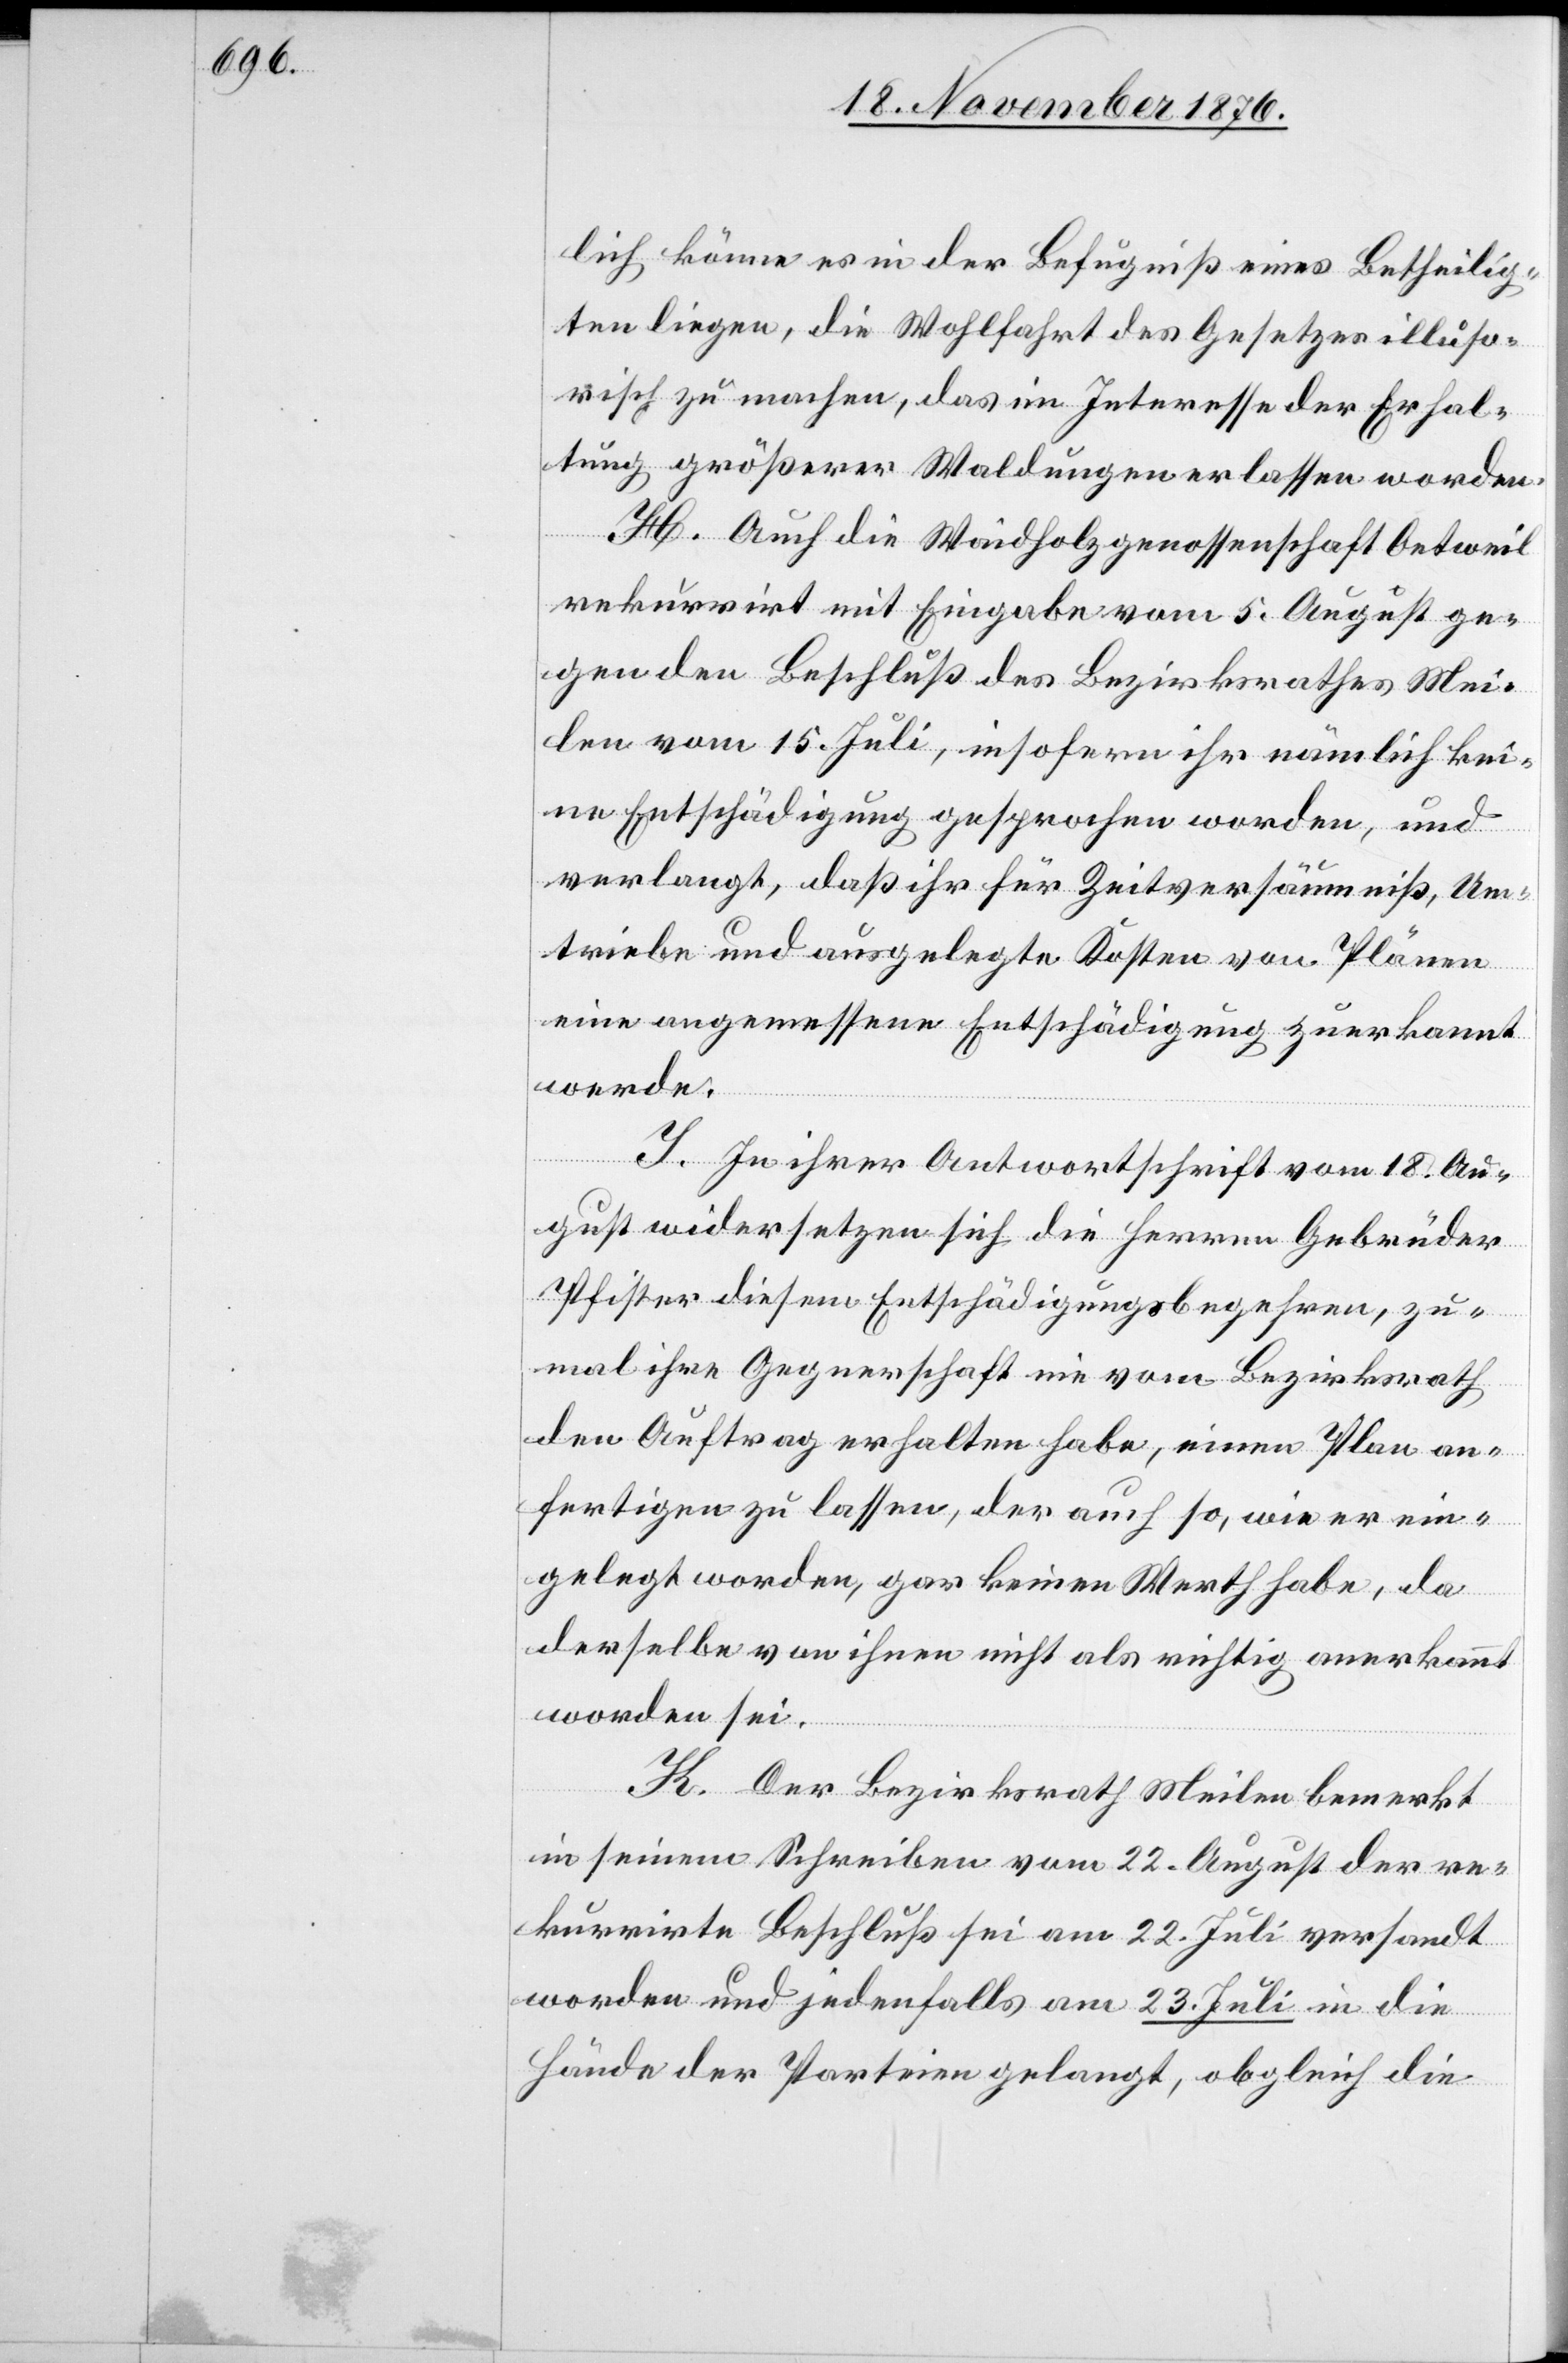
lich könne es in der Befugniß eines Betheilig¬
ten liegen, die Wohlfahrt des Gesetzes illuso¬
risch zu machen, das im Interesse der Erhal¬
tung größerer Waldungen erlassen worden.
H. Auch die Waidholzgenossenschaft Oetweil
rekurrirt mit Eingabe vom 5. August ge¬
gen den Beschluß des Bezirksrathes Mei¬
len vom 15. Juli, insofern ihr nämlich kei¬
ne Entschädigung gesprochen worden, und
verlangt, das ihr für Zeitversäumniß, Um¬
triebe und ausgelegte Kosten von Plänen
eine angemessene Entschädigung zuerkannt
werde.
I. In ihrer Antwortschrift vom 18. Au¬
gust widersetzen sich die Herren Gebrüder
Pfister diesem Entschädigungsbegehren, zu¬
mal ihre Gegnerschaft nie vom Bezirksrath
den Auftrag erhalten habe, einen Plan an¬
fertigen zu lassen, der auch so, wie er ein¬
gelegt worden, gar keinen Werth habe, da
derselbe von ihnen nicht als richtig anerkannt
worden sei.
K. Der Bezirksrath Meilen bemerkt
in seinem Schreiben vom 22. August der re¬
kurrirte Beschluß sei am 22 Juli versandt
worden und jedenfalls am 23. Juli in die
Hände der Parteien gelangt, obgleich die